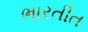
ભારતીત